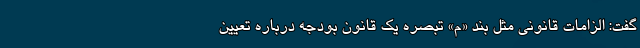
گفت: الزامات قانونی مثل بند «م» تبصره یک قانون بودجه درباره تعیین